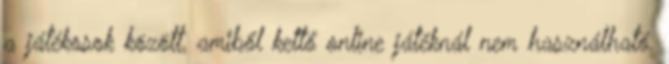
a játékosok között, amiből kettő online játéknál nem használható.